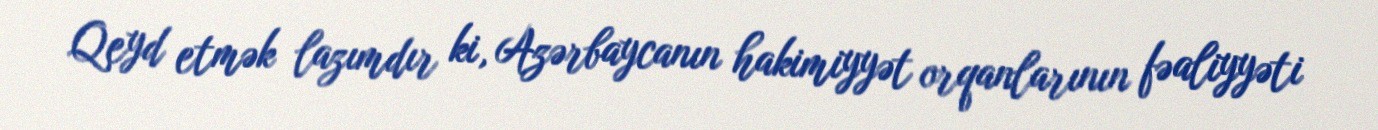
Qeyd etmək lazımdır ki, Azərbaycanın hakimiyyət orqanlarının fəaliyyəti